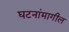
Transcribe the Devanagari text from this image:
घटनांमागील